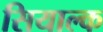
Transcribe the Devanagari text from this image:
सियाल्क